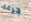
جرعة